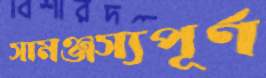
সামঞ্জস্যপূর্ণ